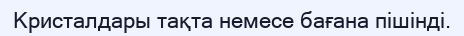
Кристалдары тақта немесе бағана пішінді.